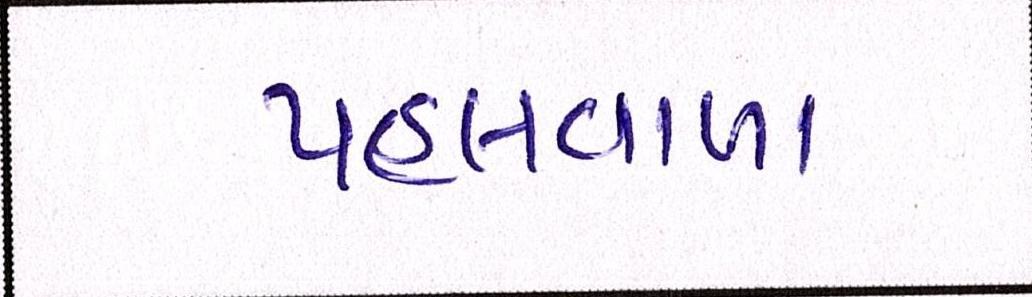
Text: પહલવાળા